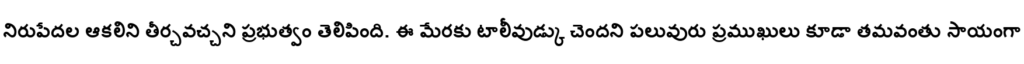
నిరుపేదల ఆకలిని తీర్చవచ్చని ప్రభుత్వం తెలిపింది. ఈ మేరకు టాలీవుడ్కు చెందని పలువురు ప్రముఖులు కూడా తమవంతు సాయంగా